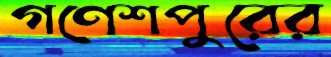
গণেশপুরের